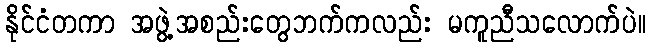
နိုင်ငံတကာ အဖွဲ့အစည်းတွေဘက်ကလည်း မကူညီသလောက်ပဲ။